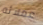
عملائه